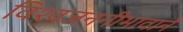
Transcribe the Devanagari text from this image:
विश्वजननीभावाने